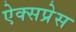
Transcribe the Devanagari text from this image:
ऐक्सप्रेस